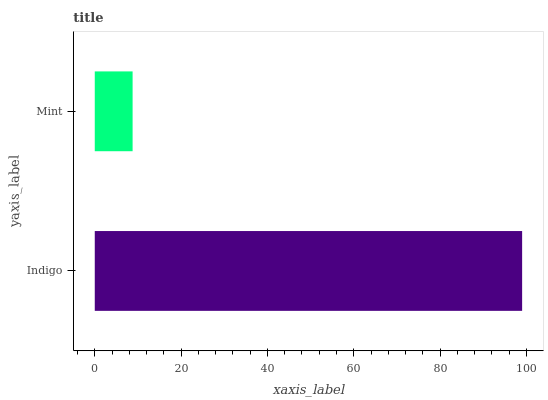
| yaxis_label | bars |
 | --- | --- |
 | Indigo | 99 |
 | Mint | 8.76 |